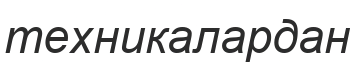
техникалардан